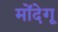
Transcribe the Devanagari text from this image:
मोंदेगू